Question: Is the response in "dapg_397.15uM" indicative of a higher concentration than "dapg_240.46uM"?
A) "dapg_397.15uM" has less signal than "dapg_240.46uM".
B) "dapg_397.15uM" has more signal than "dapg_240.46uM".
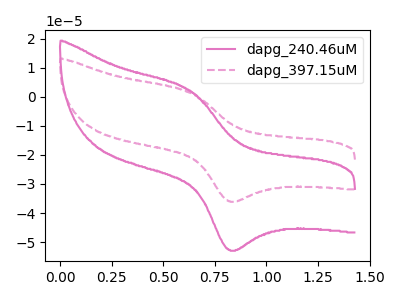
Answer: <think>The pink curve "dapg_240.46uM" has an anodic peak at (0.65V, 2.25uA) and a cathodic peak at (0.80V, -52.70uA). The pink dashed curve "dapg_397.15uM" has an anodic peak at (0.65V, 1.50uA) and a cathodic peak at (0.80V, -35.95uA).
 All the peaks in "dapg_397.15uM" have a peak in "dapg_240.46uM" at the same potential. Every peak in "dapg_397.15uM" is lower than every peak in "dapg_240.46uM".</think>
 <answer>A) "dapg_397.15uM" has less signal than "dapg_240.46uM".</answer>
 <eval>A</eval>